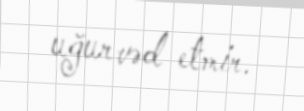
uğur vəd etmir.